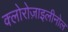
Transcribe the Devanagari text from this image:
क्लोरोज़ाइलीनोल